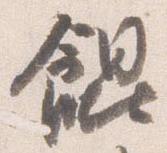
餛